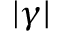
\lvert \gamma \rvert